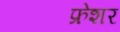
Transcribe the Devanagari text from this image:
फ्रेशर